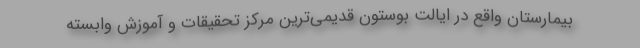
بیمارستان واقع در ایالت بوستون قدیمی‌ترین مرکز تحقیقات و آموزش وابسته